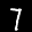
Label: 7